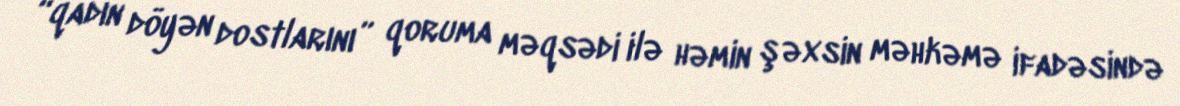
“qadın döyən dostlarını” qoruma məqsədi ilə həmin şəxsin məhkəmə ifadəsində